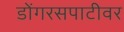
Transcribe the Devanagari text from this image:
डोंगरसपाटीवर